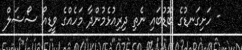
- ހަށިގަނޑުގެ ބޮޑުބައި ނެތި ދިރިއުޅެމުންދާ މަހެއްގެ ވީޑިއޯ ސޯޝަލް